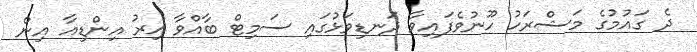
ދެ ގައުމުގެ މަޝްރަހު ހޫނުވެފައިވާ ދަނޑިވަޅުގައި ސަމިޓް ބާއްވާ އިރު އިންޑިއާ އިން